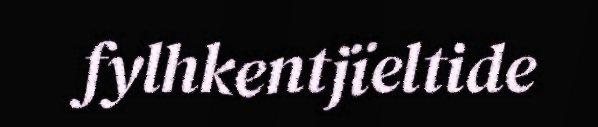
fylhkentjïeltide